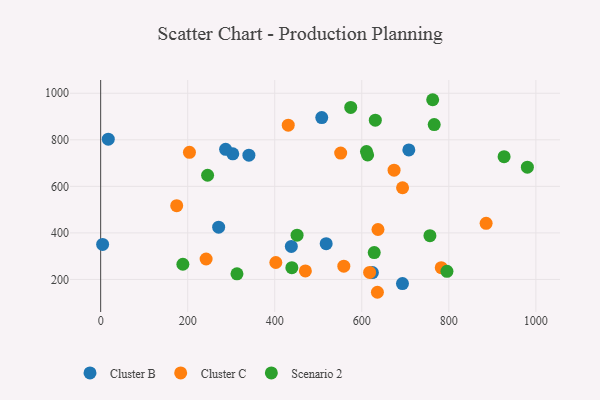
{"axis": {"x": "Study Hours", "y": "Rating"}, "legend": ["Cluster B", "Cluster C", "Scenario 2"], "data": [{"x": "693.5", "y": 182.3, "type": "Cluster B"}, {"x": "303.6", "y": 739.7, "type": "Cluster B"}, {"x": "4.5", "y": 350.6, "type": "Cluster B"}, {"x": "340.6", "y": 733.8, "type": "Cluster B"}, {"x": "17.5", "y": 802.5, "type": "Cluster B"}, {"x": "508.0", "y": 895.7, "type": "Cluster B"}, {"x": "287.1", "y": 759.0, "type": "Cluster B"}, {"x": "438.1", "y": 341.7, "type": "Cluster B"}, {"x": "271.1", "y": 424.8, "type": "Cluster B"}, {"x": "624.4", "y": 229.7, "type": "Cluster B"}, {"x": "518.2", "y": 353.5, "type": "Cluster B"}, {"x": "708.1", "y": 756.6, "type": "Cluster B"}, {"x": "635.9", "y": 144.9, "type": "Cluster C"}, {"x": "242.3", "y": 287.8, "type": "Cluster C"}, {"x": "618.0", "y": 230.0, "type": "Cluster C"}, {"x": "558.7", "y": 256.9, "type": "Cluster C"}, {"x": "204.0", "y": 746.3, "type": "Cluster C"}, {"x": "551.5", "y": 743.1, "type": "Cluster C"}, {"x": "431.0", "y": 862.9, "type": "Cluster C"}, {"x": "693.7", "y": 594.0, "type": "Cluster C"}, {"x": "470.4", "y": 236.8, "type": "Cluster C"}, {"x": "674.2", "y": 669.4, "type": "Cluster C"}, {"x": "885.7", "y": 441.2, "type": "Cluster C"}, {"x": "637.2", "y": 414.6, "type": "Cluster C"}, {"x": "402.5", "y": 272.9, "type": "Cluster C"}, {"x": "782.6", "y": 250.5, "type": "Cluster C"}, {"x": "174.7", "y": 517.1, "type": "Cluster C"}, {"x": "756.6", "y": 388.2, "type": "Scenario 2"}, {"x": "188.9", "y": 265.4, "type": "Scenario 2"}, {"x": "610.8", "y": 749.7, "type": "Scenario 2"}, {"x": "451.3", "y": 390.4, "type": "Scenario 2"}, {"x": "631.1", "y": 884.2, "type": "Scenario 2"}, {"x": "628.6", "y": 315.6, "type": "Scenario 2"}, {"x": "927.0", "y": 727.6, "type": "Scenario 2"}, {"x": "574.6", "y": 939.1, "type": "Scenario 2"}, {"x": "613.4", "y": 735.1, "type": "Scenario 2"}, {"x": "313.2", "y": 224.0, "type": "Scenario 2"}, {"x": "439.3", "y": 250.6, "type": "Scenario 2"}, {"x": "766.4", "y": 865.3, "type": "Scenario 2"}, {"x": "795.7", "y": 235.0, "type": "Scenario 2"}, {"x": "762.9", "y": 972.2, "type": "Scenario 2"}, {"x": "245.7", "y": 647.6, "type": "Scenario 2"}, {"x": "980.5", "y": 682.2, "type": "Scenario 2"}]}